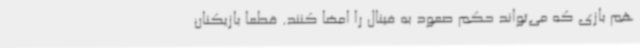
هم بازی که می‌تواند حکم صعود به فینال را امضا کنند. قطعا بازیکنان